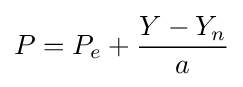
P=P_{e}+{\frac {Y-Y_{n}}{a}}